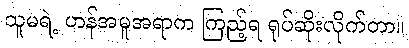
သူမရဲ့ ဟန်အမူအရာက ကြည့်ရ ရုပ်ဆိုးလိုက်တာ။